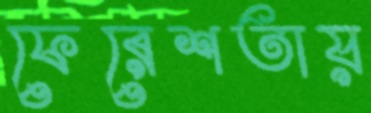
ফেরেশতায়